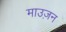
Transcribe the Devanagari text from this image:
माउज़न